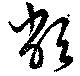
敝